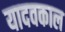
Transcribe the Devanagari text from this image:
यादवकाल